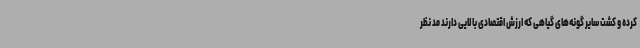
کرده و کشت سایر گونه‌های گیاهی که ارزش اقتصادی بالایی دارند مد نظر